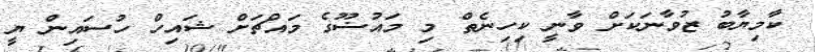
ކާމިޔާބު ޒުވާނަކަށް ވާނީ ކިހިނެތް މި މައުޟޫގެ މައްޗަށް ޝައިހް ހުސައިން ޔީ